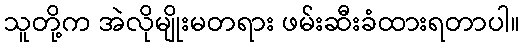
သူတို့က အဲလိုမျိုးမတရား ဖမ်းဆီးခံထားရတာပါ။